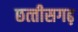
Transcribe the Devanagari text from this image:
छत्‍तीसगढ़़